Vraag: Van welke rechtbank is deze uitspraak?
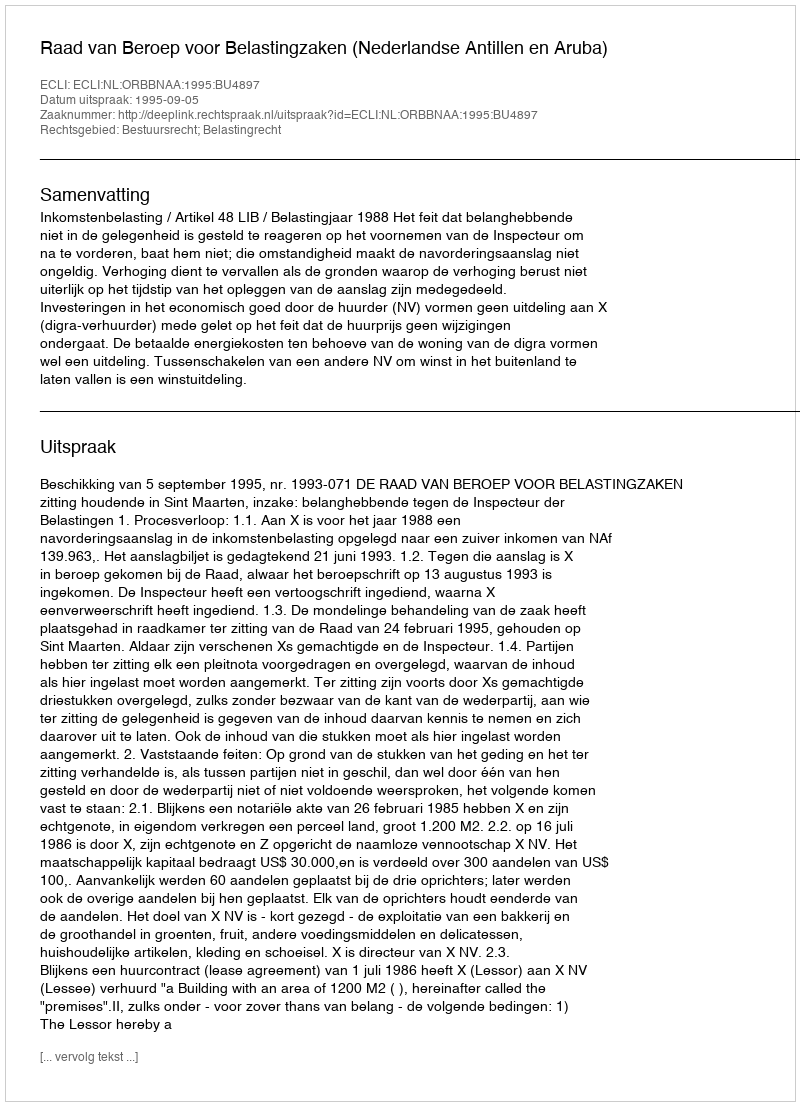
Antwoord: Raad van Beroep voor Belastingzaken (Nederlandse Antillen en Aruba)